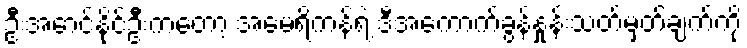
ဦးအောင်နိုင်ဦးကတော့ အမေရိကန်ရဲ့ ဒီအကောက်ခွန်နှုန်းသတ်မှတ်ချက်ကို